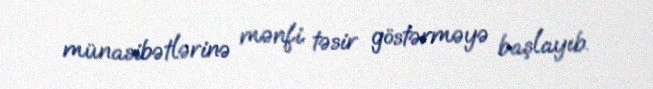
münasibətlərinə mənfi təsir göstərməyə başlayıb.